Vaccination in Burma 1889-1999 - 1889-1999
Year: 1889
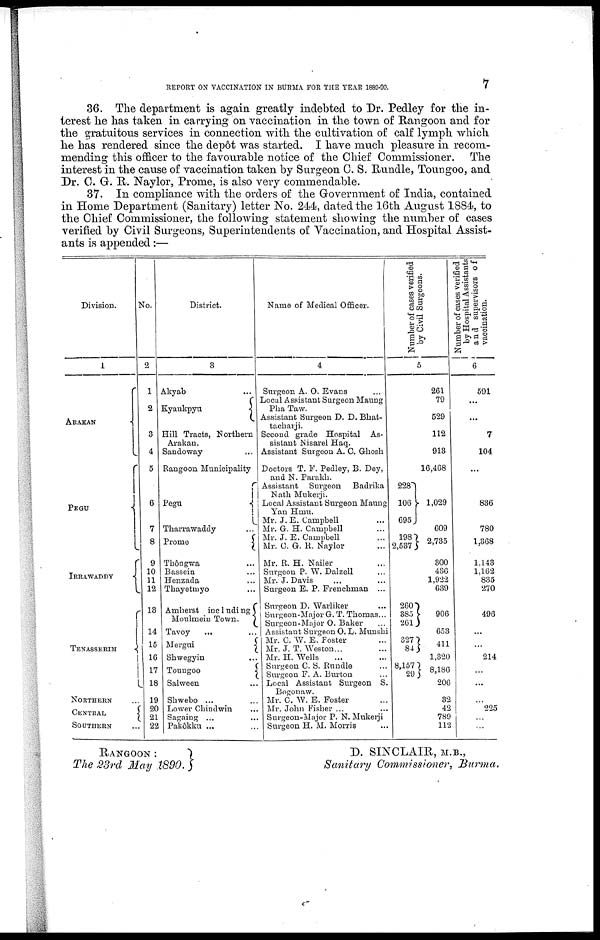
REPORT ON VACCINATION IN BURMA FOR THE YEAR 1889-90.
7
36. The department is again greatly indebted to Dr. Pedley for the in-
terest he has taken in carrying on vaccination in the town of Rangoon and for
the gratuitous services in connection with the cultivation of calf lymph which
he has rendered since the depôt was started. I have much pleasure in recom-
mending this officer to the favourable notice of the Chief Commissioner. The
interest in the cause of vaccination taken by Surgeon C. S. Rundle, Toungoo, and
Dr. C. G. R. Naylor, Prome, is also very commendable.
37. In compliance with the orders of the Government of India, contained
in Home Department (Sanitary) letter No. 244, dated the 16th August 1884, to
the Chief Commissioner, the following statement showing the number of cases
verified by Civil Surgeons, Superintendents of Vaccination, and Hospital Assist-
ants is appended:—
Division.
1
ARAKAN
PEGU
IRRAWADDY
TENASSERIM
NORTHERN ...
CENTRAL
SOUTHERN ...
No.
2
1
2
3
4
5
6
7
8
9
10
11
12
13
14
15
16
17
18
19
20
21
22
District.
3
Akyab ...
Kyaukpyu
Hill Tracts, Northern
Arakan.
Sandoway
...
Rangoon Municipality
Pegu
Tharrawaddy ...
Prome
Thôngwa ...
Bassein ...
Henzada ...
Thayetmyo ...
Amherst inc1uding
Moulmein Town.
Tavoy ... ...
Mergui
Shwegyin ...
Toungoo
Salween ...
Shwebo ... ...
Lower Chindwin ...
Sagaing ... ...
Pakôkku ... ...
Name of Medical Officer.
4
Surgeon A. O. Evans ...
Local Assistant Surgeon Maung
Pha Taw.
Assistant Surgeon D. D. Bhat¬
tacharji.
Second grade Hospital As-
sistant Nisarel Haq.
Assistant Surgeon A. C. Ghosh
Doctors T. F. Pedley, B. Dey,
and N. Parakh.
Assistant Surgeon Badrika
Nath Mukerji.
Local Assistant Surgeon Maung
Yan Hmu.
Mr. J. E. Campbell ...
Mr. G. H. Campbell ...
Mr. J. E. Campbell ...
Mr. C. G. R. Naylor ...
Mr. R. H. Nailer ...
Surgeon P. W. Dalzell ...
Mr. J. Davis ... ...
Surgeon E. P. Frenchman ...
Surgeon D. Warliker ...
Surgeon-Major G. T. Thomas...
Surgeon-Major O. Baker ...
Assistant Surgeon O. L. Munshi
Mr. C. W. E. Foster ...
Mr. J. T. Weston... ...
Mr. H. Wells ... ...
Surgeon C. S. Rundle ...
Surgeon F. A. Burton ...
Local Assistant Surgeon S.
Bogonaw.
Mr. C. W. E. Foster ...
Mr. John Fisher ... ...
Surgeon-Major P. N. Mukerji
Surgeon H. M. Morris ...
Number of cases verified
by Civil Surgeons.
5
261
79
529
112
913
16,468
228
106
695
1,029
609
198
2,537
2,735
300
436
1,922
639
260
385
261
906
653
827
84
411
1,320
8,157
29
8,186
206
32
42
789
112
Number of cases verified
by Hospital Assistants
and supervisors of
vaccination.
6
591
...
...
7
104
...
836
780
1,368
1,143
1,162
835
270
496
...
...
214
...
...
...
225
...
...
RANGOON :
The 23rd May 1890.
D. SINCLAIR, M.B.,
Sanitary Commissioner, Burma.